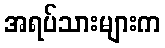
အရပ်သားများက